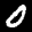
Label: 0